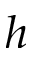
h